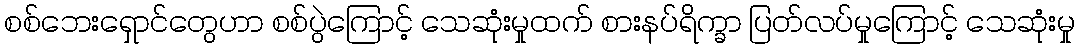
စစ်ဘေးရှောင်တွေဟာ စစ်ပွဲကြောင့် သေဆုံးမှုထက် စားနပ်ရိက္ခာ ပြတ်လပ်မှုကြောင့် သေဆုံးမှု